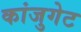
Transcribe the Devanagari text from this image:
कांजुगेट